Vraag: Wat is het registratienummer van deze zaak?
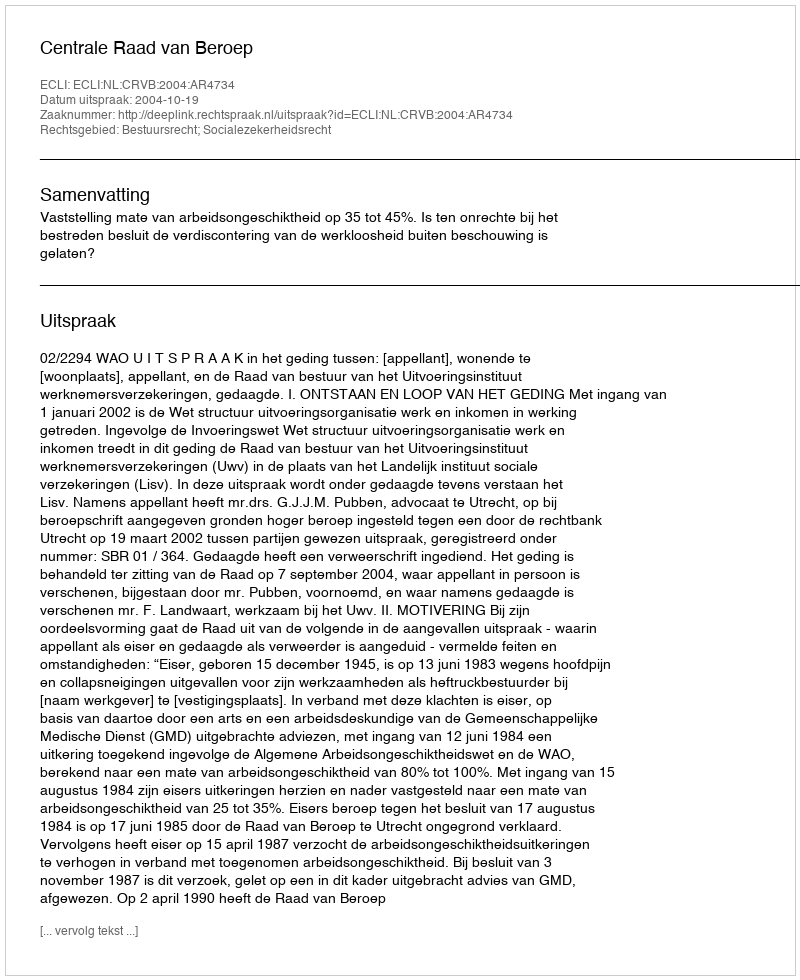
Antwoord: http://deeplink.rechtspraak.nl/uitspraak?id=ECLI:NL:CRVB:2004:AR4734